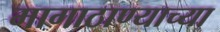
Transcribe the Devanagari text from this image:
मागाठाण्याच्या